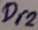
Text: Dr2